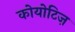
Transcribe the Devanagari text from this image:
कोयोटिज़